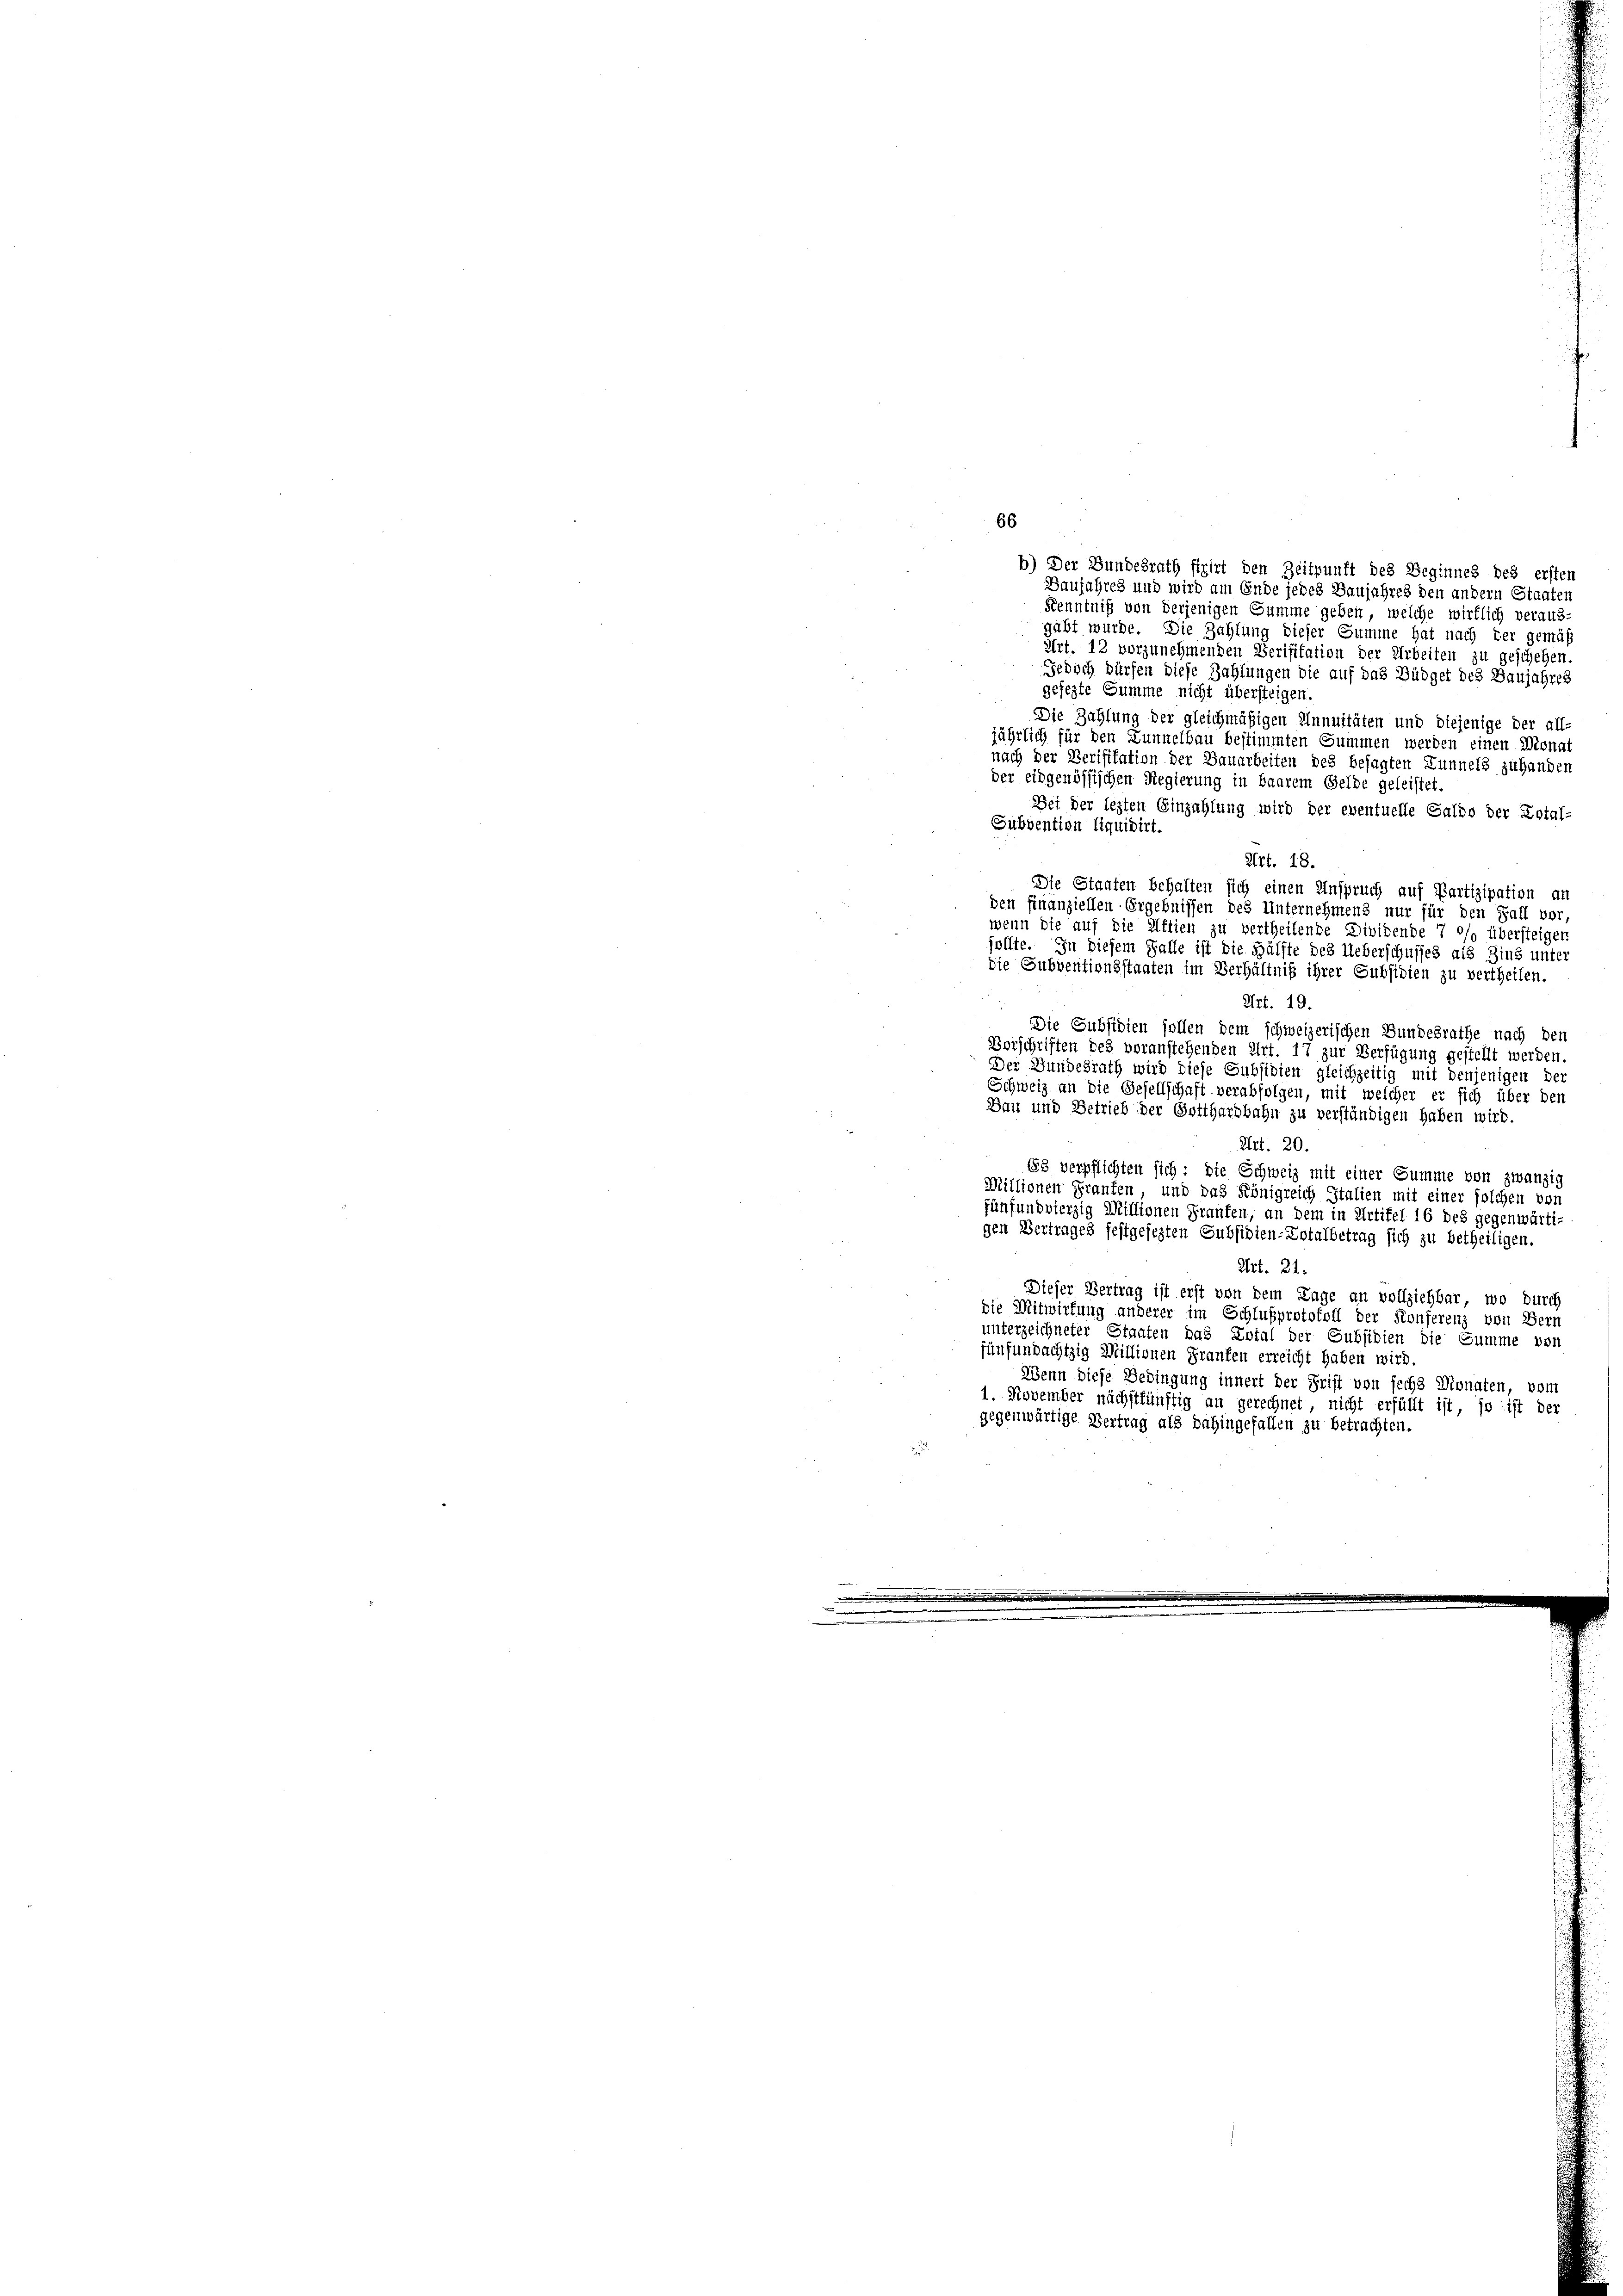
b) Der Bundesrath fixirt den Zeitpunft des Beginnes des ersten
Baujahres und wird am Ende jedes Baujahres den andern Staaten
Kenntniß von derjenigen Summe geben, welche wirklich veraus-
gabt wurde. Die Zahlung dieser Summe hat nach der gemäß
Art. 12 vorzunehmenden Verifikation der Arbeiten zu geschehen.
Jedoch dürfen diese Zahlungen die auf das Büdget des Baujahres
gesezte Summe nicht übersteigen.
Die Zahlung der gleichmäßigen Annuitäten und diejenige der all-
jährlich für den Lunnelbau bestimmten Summen werden einen Monat
nach der Verifikation der Bauarbeiten des besagten Lunnels zuhanden
der eidgenössischen Regierung in baarem Gelde geleistet.
Bei der lezten Einzahlung wird der eventuelle Saldo der Dotal-
Subvention liquidirt.
Art. 18.
Die Staaten behalten sich einen Anspruch auf Partizipation an
Die Subventionsstaaten im Verhältniß ihrer Subsidien zu vertheilen.
Art. 19.
Die Subsidien sollen dem schweizerischen Bundesrathe nach den
Vorschriften des voranstehenden Art. 17 zur Verfügung gestellt werden.
Der Bundesrath wird diese Subsidien gleichzeitig mit denjenigen der
Schweiz an die Gesellschaft verabfolgen, mit welcher er sich über den
Bau und Betrieb der Gotthardbahn zu verständigen haben wird.
Art. 20.
88 verpflichten sich: die Schweiz mit einer Summe von zwanzig
Millionen Granken, und das Königreich Italien mit einer solchen von
fünfund vierzig Millionen Franken, an dem in Artikel 16 des gegenwärtigen Vertrages festgesezten Subsidien-Lotalbetrag sich zu betheiligen.
Art. 21.
Dieser Vertrag ist erst von dem Tage an vollziehbar, wo durch
die Mitwirkung anderer im Schlußprotokoll der Konferenz von Bern
unterzeichneter Staaten das Ental der Subsidien die Summe von
fünfundachtzig Millionen Franken erreicht haben wird.
Wenn diese Bedingung innert der Frist von sechs Monaten, vom
1. November nächstkünftig an gerechnet, nicht erfüllt ist, so ist der
gegenwärtige Vertrag als dahingefallen zu betrachten.

66

den finanziellen Ergebnissen des Unternehmens nur für den Fall vor,
wenn die auf die Aftien zu vertheilende Dividende 7 °/o übersteigen
sollte. In diesem Falle ist die Hälfte des Ueberschusses als Zins unter